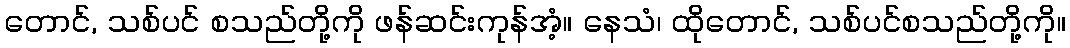
တောင်, သစ်ပင် စသည်တို့ကို ဖန်ဆင်းကုန်အံ့။ နေသံ၊ ထိုတောင်, သစ်ပင်စသည်တို့ကို။